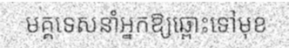
មគ្គទេសនាំអ្នកឱ្យឆ្ពោះទៅមុខ